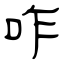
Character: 咋